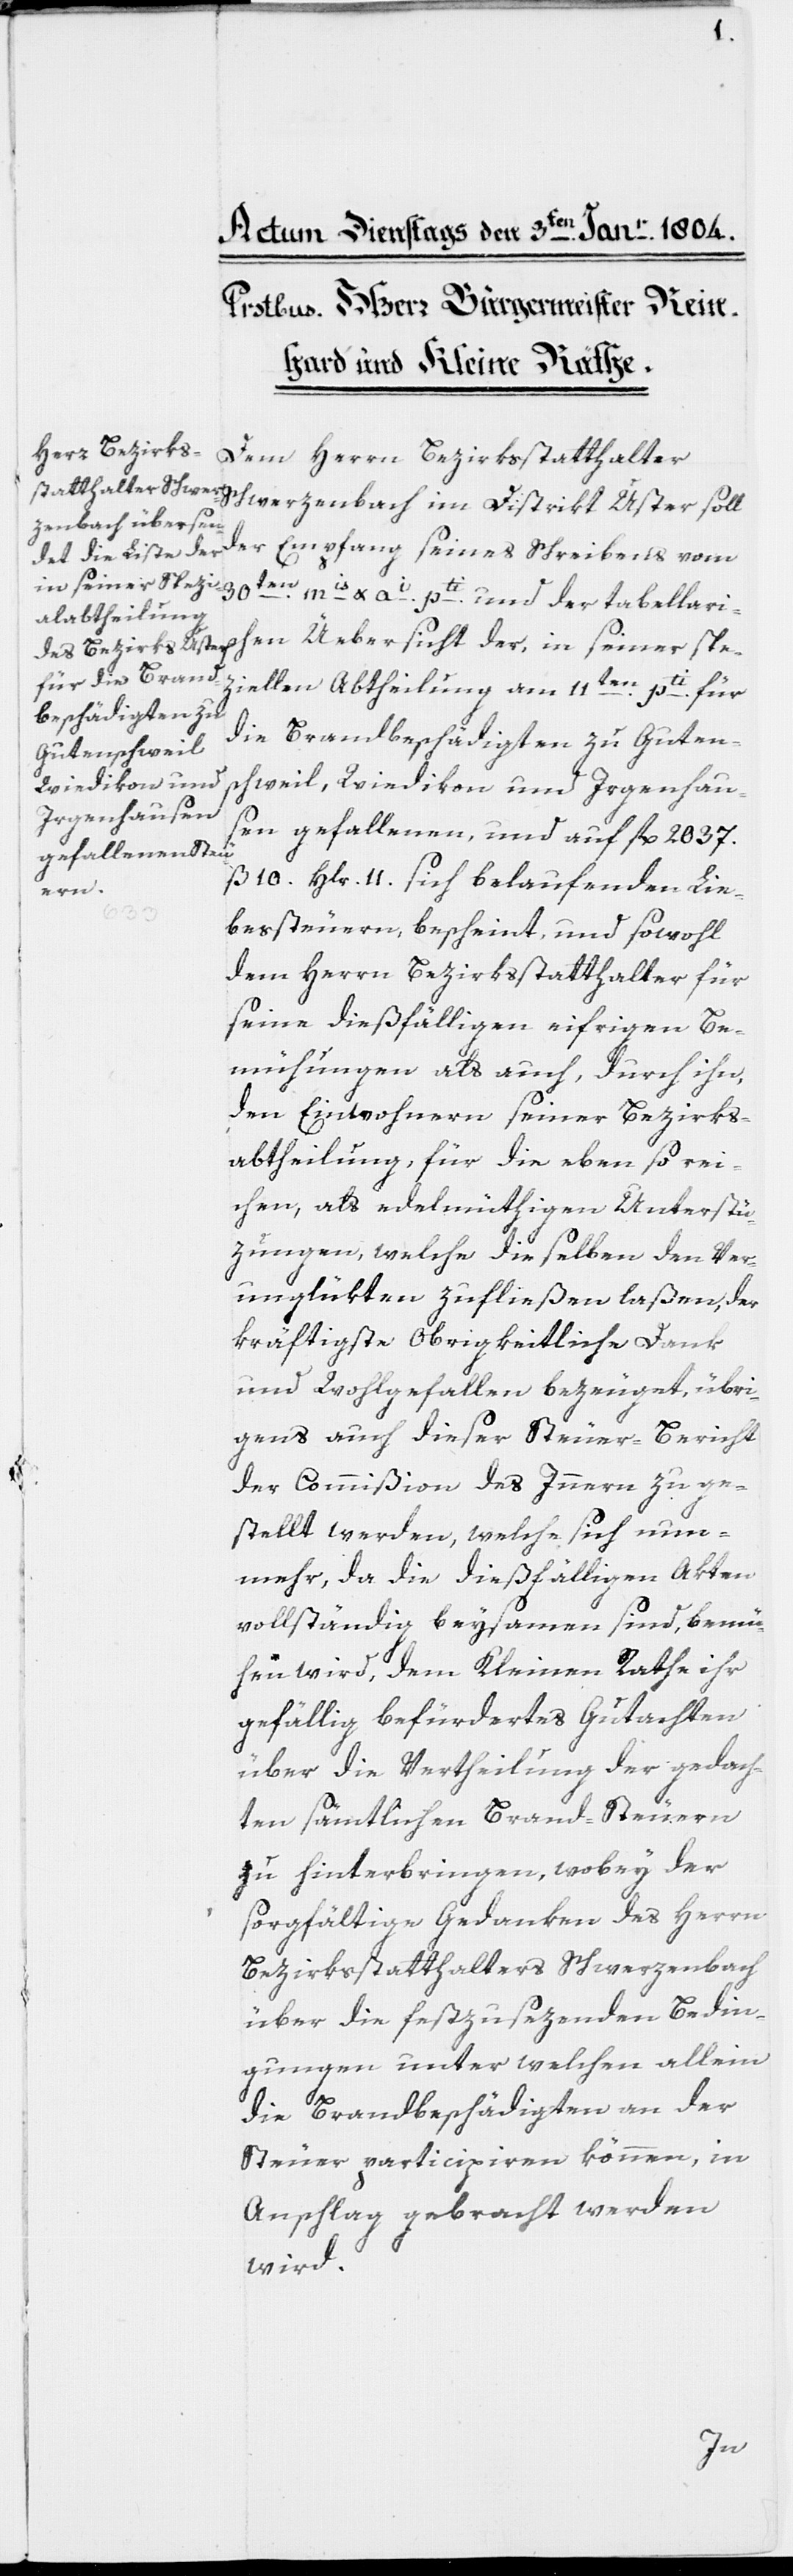
Herrn Bezirks¬
statthalter Schwerzenbach im Distrikt Uster soll
der Empfang seines Schreibens vom
schen Übersicht der, in seiner spe¬
ziellen Abtheilung am 11ten. pti. für
die Brandbeschädigten zu Guten¬
schweil, Wiedikon und Irgenhau¬
sen gefallenen, und auf fl. 2837.
ß 10. Hlr. 11. sich belaufenden Lie¬
tabellari¬
bessteuern, bescheint, und sowohl
dem Herrn Bezirksstatthalter für
seine dießfälligen eifrigen Be¬
mühungen als auch, durch ihn,
den Einwohnern seiner Bezirks¬
abtheilung, für die eben so rei¬
chen als edelmüthigen Unterstü¬
zungen, welche dieselben den Ver¬
unglükten zufließen laßen, der
kräftigste Obrigkeitliche Dank
und Wohlgefallen bezeuget, übri¬
gens auch dieser Steuer-Bericht
der Commißion des Innern zuge¬
stellt werden, welche sich nun¬
mehr, da die dießfälligen Akten
vollständig beysammen sind, bemü¬
hen wird, dem Kleinen Rathe ihr
gefällig befürdertes Gutachten
über die Vertheilung der gedach¬
ten sämtlichen Brand-Steuern
zu hinterbringen, wobey der
sorgfältige Gedanken des Herrn
Bezirksstatthalters Schwerzenbach
über die festzusezenden Bedin¬
gungen, unter welchen allein
die Brandbeschädigten an der
Steuer participiren können, in
Anschlag gebracht werden
wird.